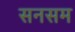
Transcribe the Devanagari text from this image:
सनसम